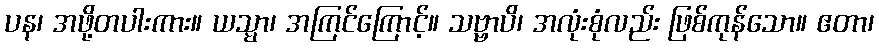
ပန၊ အဖို့တပါးကား။ ယသ္မာ၊ အကြင်ကြောင့်။ သဗ္ဗာပိ၊ အလုံးစုံလည်း ဖြစ်ကုန်သော။ ဧတာ၊